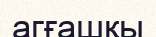
агғашқы